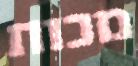
מכות